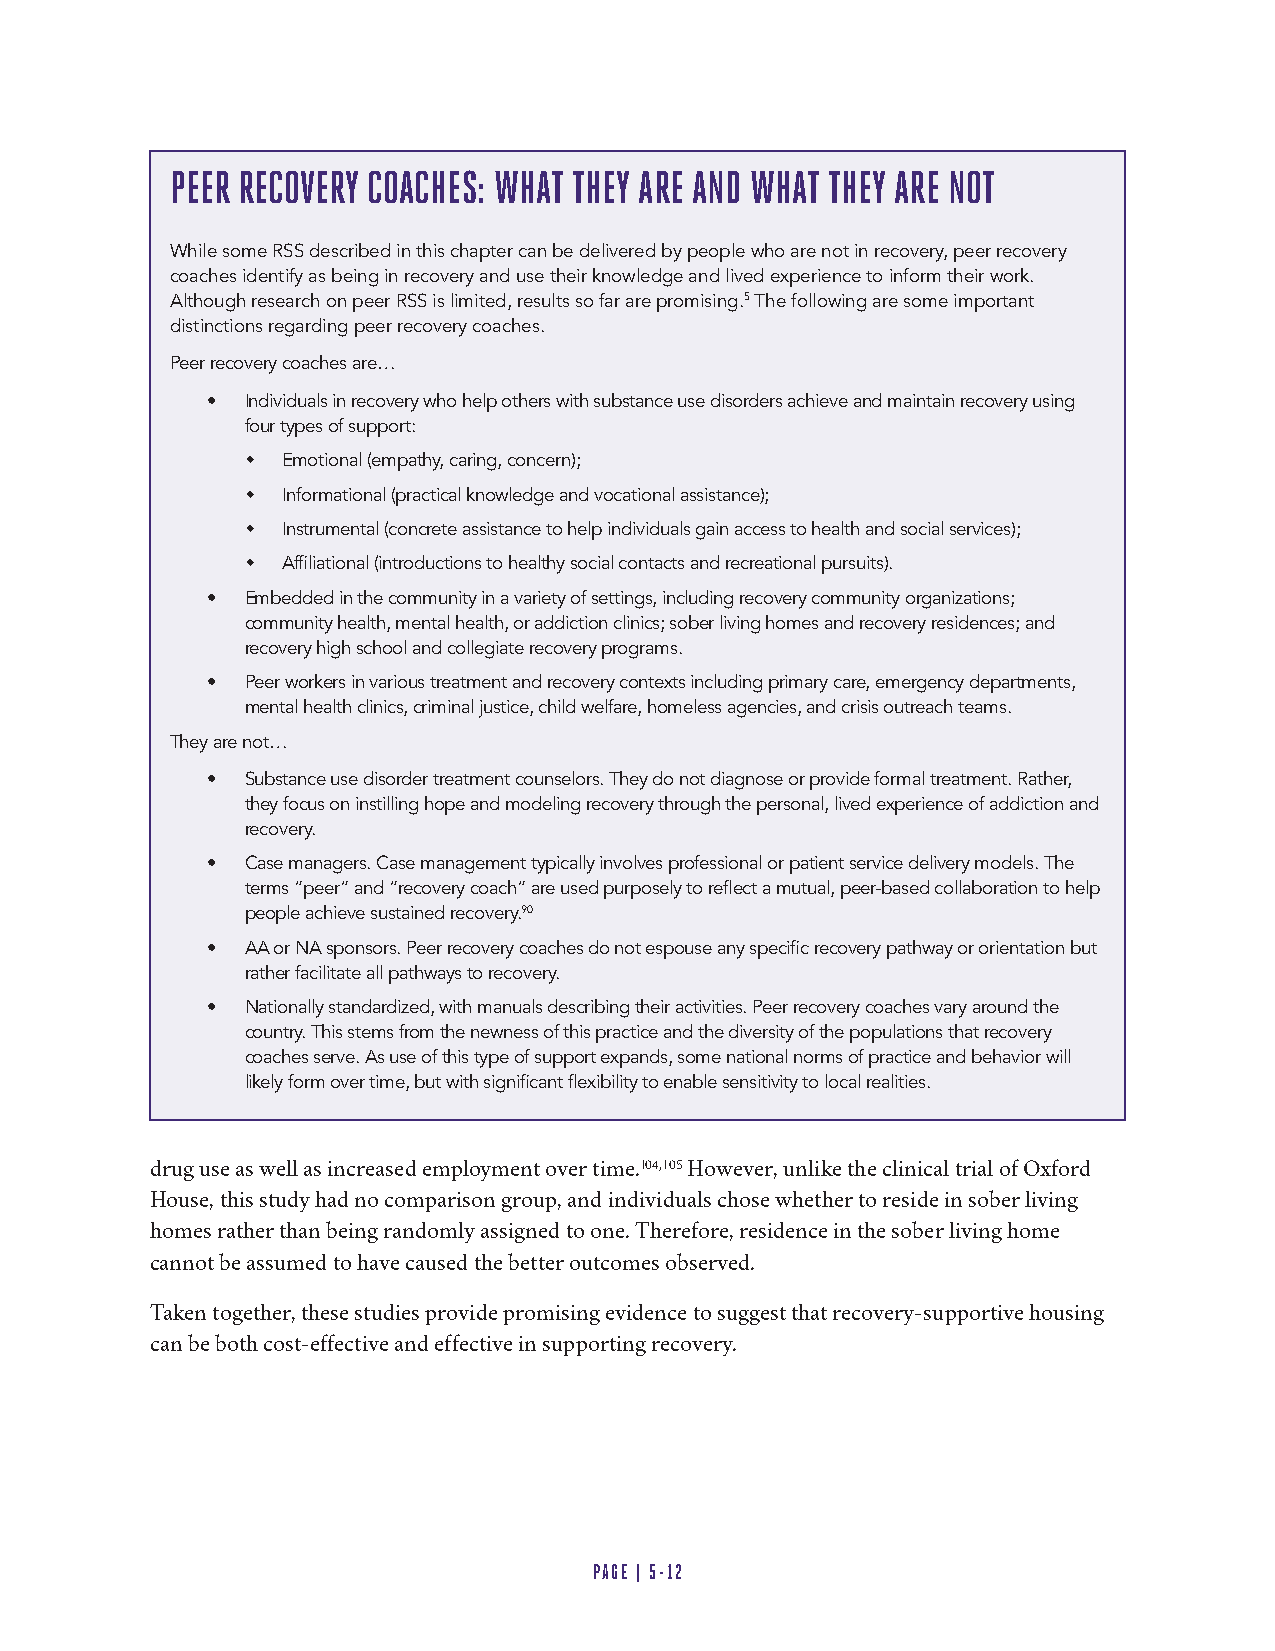
PEER RECOVERY COACHES: WHAT THEY ARE AND WHAT THEY ARE NOT
 While some RSS described in this chapter can be delivered by people who are not in recovery, peer recovery
 coaches identify as being in recovery and use their knowledge and lived experience to inform their work.
 Although research on peer RSS is limited, results so far are promising.5 The following are some important
 distinctions regarding peer recovery coaches.
 Peer recovery coaches are…
 • Individuals in recovery who help others with substance use disorders achieve and maintain recovery using
 four types of support:
   Emotional (empathy, caring, concern);
   Informational (practical knowledge and vocational assistance);
   Instrumental (concrete assistance to help individuals gain access to health and social services);
   Affiliational (introductions to healthy social contacts and recreational pursuits).
 • Embedded in the community in a variety of settings, including recovery community organizations;
 community health, mental health, or addiction clinics; sober living homes and recovery residences; and
 recovery high school and collegiate recovery programs.
 • Peer workers in various treatment and recovery contexts including primary care, emergency departments,
 mental health clinics, criminal justice, child welfare, homeless agencies, and crisis outreach teams.
 They are not…
 • Substance use disorder treatment counselors. They do not diagnose or provide formal treatment. Rather,
 they focus on instilling hope and modeling recovery through the personal, lived experience of addiction and
 recovery.
 • Case managers. Case management typically involves professional or patient service delivery models. The
 terms “peer” and “recovery coach” are used purposely to reflect a mutual, peer-based collaboration to help
 people achieve sustained recovery.90
 • AA or NA sponsors. Peer recovery coaches do not espouse any specific recovery pathway or orientation but
 rather facilitate all pathways to recovery.
 • Nationally standardized, with manuals describing their activities. Peer recovery coaches vary around the
 country. This stems from the newness of this practice and the diversity of the populations that recovery
 coaches serve. As use of this type of support expands, some national norms of practice and behavior will
 likely form over time, but with significant flexibility to enable sensitivity to local realities.
 drug use as well as increased employment over time.104,105 However, unlike the clinical trial of Oxford
 House, this study had no comparison group, and individuals chose whether to reside in sober living
 homes rather than being randomly assigned to one. Therefore, residence in the sober living home
 cannot be assumed to have caused the better outcomes observed.
 Taken together, these studies provide promising evidence to suggest that recovery-supportive housing
 can be both cost-effective and effective in supporting recovery.
 PAGE | 5-12